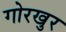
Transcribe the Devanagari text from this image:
गोरखुर